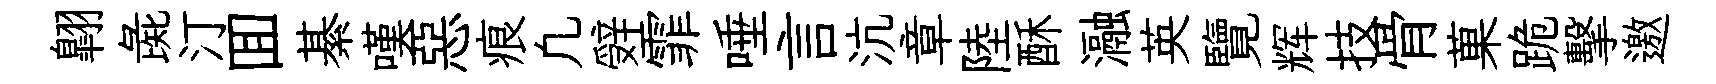
翺彘汀囬綦嘆惡痕凢辤霏唾言沆章陸酥瀜英覽辉技骨菓跪擊邀